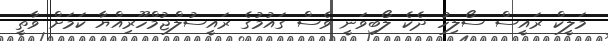
މަލީކް ރައީސް ސޯލިހު ދެކެ ލޯބިވަނީ ވެސް ގައުމުގެ ރައީސުލްޖުމްހޫރިއްޔާ ކަމަށް ވާތީ